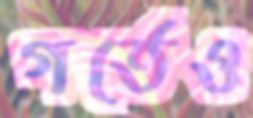
গর্তেও